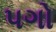
પગો